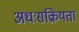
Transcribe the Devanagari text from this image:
अधःसक्रियता